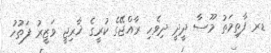
ޑރ ފާތިމަތު މޫސާ ދީދީ ދިވެހި ރާއްޖޭގެ ކުރީގެ ޚާރިޖީ ވަޒީރު ފަތުހު